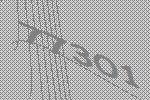
77301